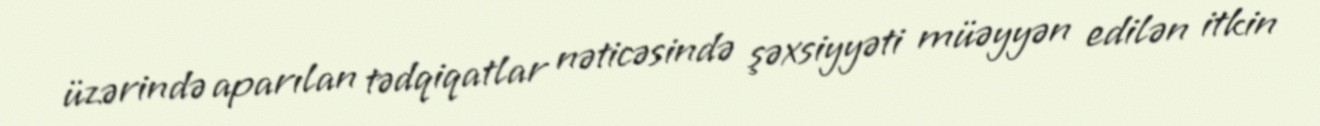
üzərində aparılan tədqiqatlar nəticəsində şəxsiyyəti müəyyən edilən itkin